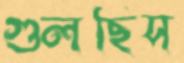
গুলছিস